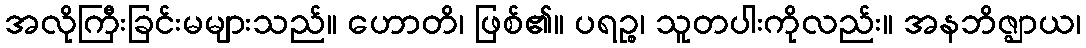
အလိုကြီးခြင်းမများသည်။ ဟောတိ၊ ဖြစ်၏။ ပရဉ္စ၊ သူတပါးကိုလည်း။ အနဘိဇ္ဈာယ၊